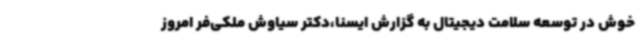
خوش در توسعه سلامت دیجیتال به گزارش ایسنا،دکتر سیاوش ملکی‌فر امروز